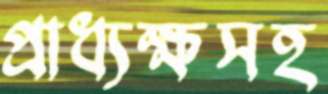
প্রাধ্যক্ষসহ